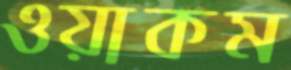
ওয়াকম